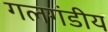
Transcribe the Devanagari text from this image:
गलगंडीय